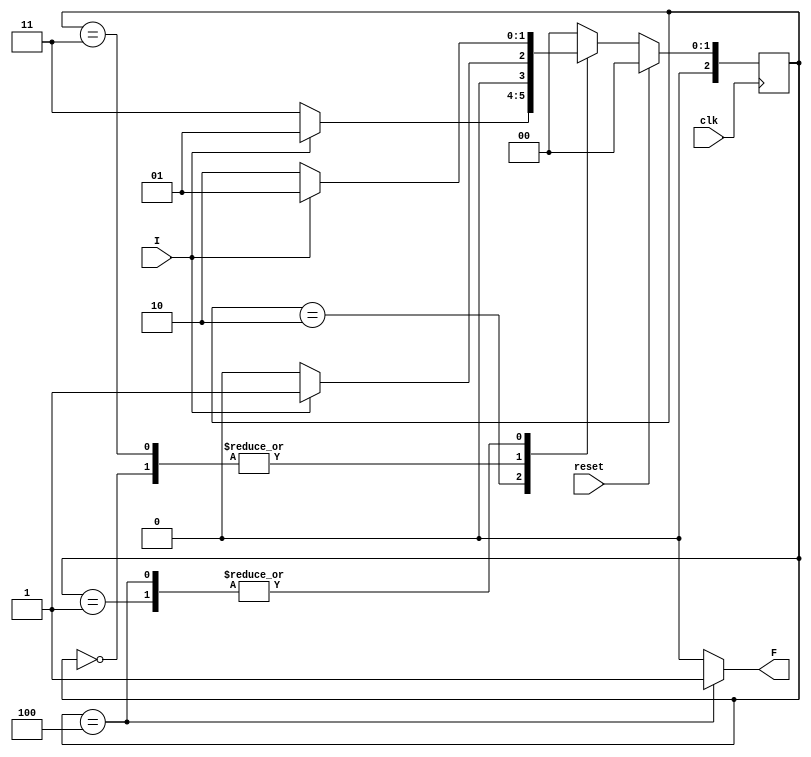
module COMP_ARCH_LAB2 (F,I,clk,reset);
input clk;
input reset;
input I;
output reg F;

parameter s0=3'b000,
			s1=3'b001,
			s2=3'b010,
			s3=3'b011,
			s4=3'b100;
reg [2:0] CS, NS;
always@(posedge clk)
begin
if(reset==1)
CS <= s0;// when reset=1, reset the CS of the FSM to "S0" CS
else
CS <= NS; // otherwise, next CS
end
always @(CS,I)
begin
case(CS)
s0:begin
if(I==1)
NS = s1;
else
NS = s0;
end

s1:begin
if(I==1)
NS = s1;
else
NS = s2;
end

s2:begin
if(I==1)
NS = s1;
else
NS = s3;
end

s3:begin
if(I==1)
NS = s1;
else
NS = s0;
end

s4:begin
if(I==1)
NS = s1;
else
NS = s2;
end

default:NS = s0;
endcase
F = (CS==s4)? 1:0;
end
endmodule